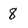
Character: 8